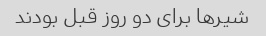
شیرها برای دو روز قبل بودند